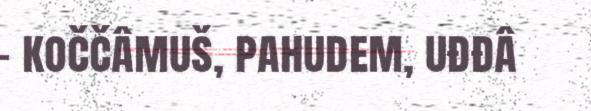
– koččâmuš, pahudem, uđđâ